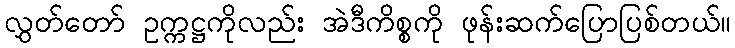
လွှတ်တော် ဥက္ကဋ္ဌကိုလည်း အဲဒီကိစ္စကို ဖုန်းဆက်ပြောပြစ်တယ်။